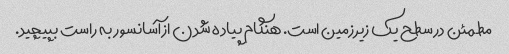
مطمئن در سطح یک زیرزمین است. هنگام پیاده شدن از آسانسور به راست بپیچید.